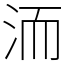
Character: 洏